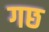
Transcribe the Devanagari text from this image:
गछ